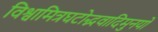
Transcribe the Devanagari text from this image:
विश्वामित्रघटोद्भवादिमुनयो